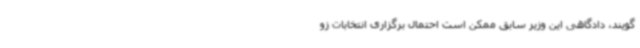
‌گویند، دادگاهی این وزیر سابق ممکن است احتمال برگزاری انتخابات زو